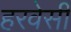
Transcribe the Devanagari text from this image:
हरवेसी